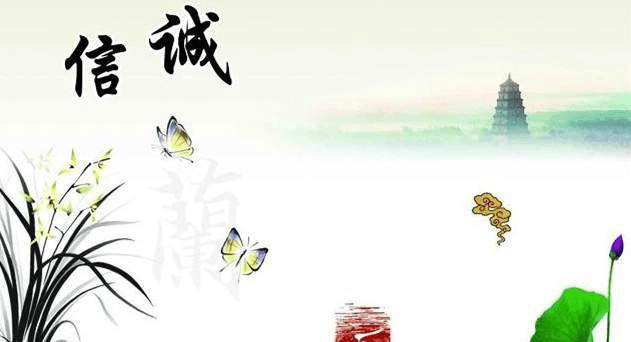
诚者，天之道也思诚者，人之道也。